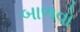
બાળવો